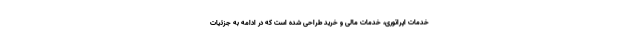
خدمات اپراتوری، خدمات مالی و خرید طراحی شده است که در ادامه به جزئیات